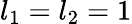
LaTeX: l_{1}=l_{2}=1